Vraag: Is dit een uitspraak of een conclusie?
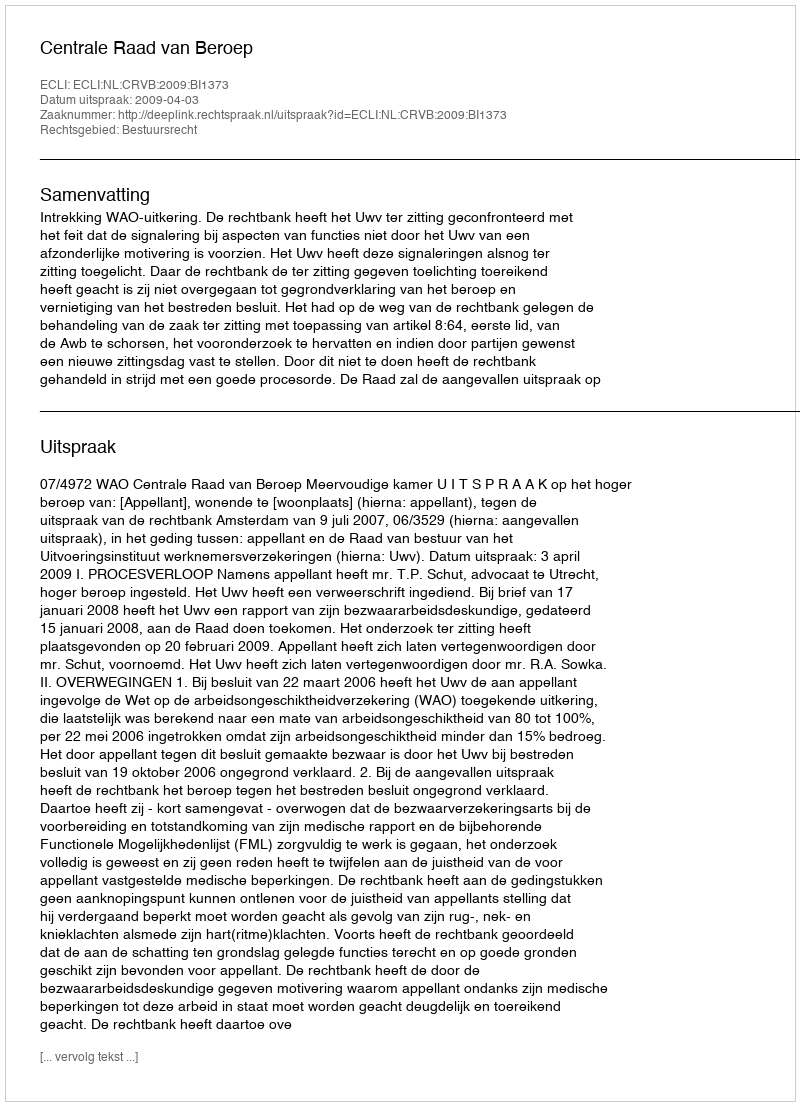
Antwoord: Uitspraak